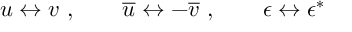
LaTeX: u \leftrightarrow v \ , \qquad { \overline { { u } } } \leftrightarrow - { \overline { { v } } } \ , \qquad \epsilon \leftrightarrow \epsilon ^ { \ast }